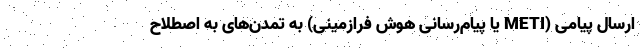
ارسال پیامی (METI یا پیام‌رسانی هوش فرازمینی) به تمدن‌های به اصطلاح